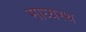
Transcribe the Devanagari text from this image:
माध्यस्थ